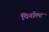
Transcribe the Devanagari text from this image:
पिनॉल्ट